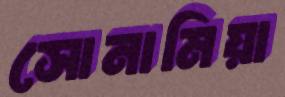
সোনামিয়া